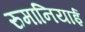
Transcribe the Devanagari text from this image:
रुमानियाई